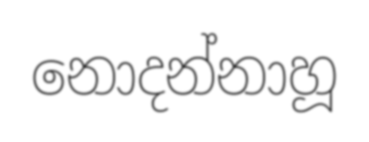
නොදන්නාහූ